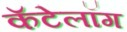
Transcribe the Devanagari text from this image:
कॅटेलॉग